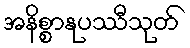
အနိစ္စာနုပဿီသုတ်